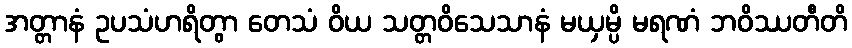
အတ္တာနံ ဥပသံဟရိတွာ တေသံ ဝိယ သတ္တဝိသေသာနံ မယှမ္ပိ မရဏံ ဘဝိဿတီတိ